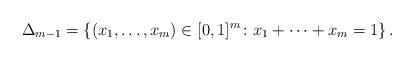
LaTeX: \begin{align*}\Delta_{m-1} = \left\{(x_1,\ldots,x_m)\in [0,1]^m\colon x_1+\cdots+x_m= 1\right\}. \end{align*}